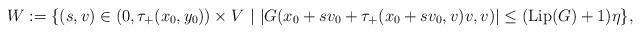
LaTeX: \begin{align*}W:= \{(s,v)\in (0,\tau_+(x_0,y_0))\times V\ |\ |G(x_0+sv_0+\tau_+(x_0+sv_0,v)v,v)|\le ({\rm Lip} (G)+1)\eta\},\end{align*}